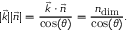
\vert \vec { k } \vert \vert \vec { n } \vert = \frac { \vec { k } \cdot \vec { n } } { \cos ( \theta ) } = \frac { n _ { \mathrm { d i m } } } { \cos ( \theta ) } .